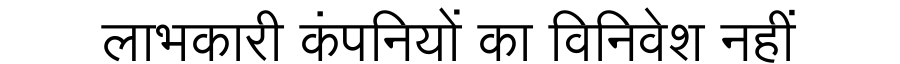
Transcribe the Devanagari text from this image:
लाभकारी कंपनियों का विनिवेश नहीं